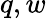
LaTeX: q,w